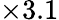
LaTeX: \times 3.1